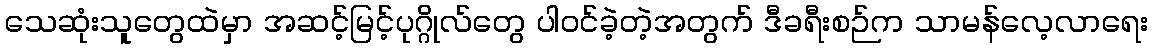
သေဆုံးသူတွေထဲမှာ အဆင့်မြင့်ပုဂ္ဂိုလ်တွေ ပါဝင်ခဲ့တဲ့အတွက် ဒီခရီးစဉ်က သာမန်လေ့လာရေး